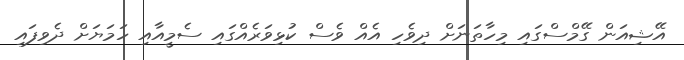
އޭޝިއަން ގޭމްސްގައި މިހާތަނަށް ދިވެހި އެއް ވެސް ކުޅިވަރެއްގައި ސެމީއާއި ހަމަޔަށް ދެވިފައި